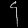
Digit: ၄